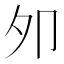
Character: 夘